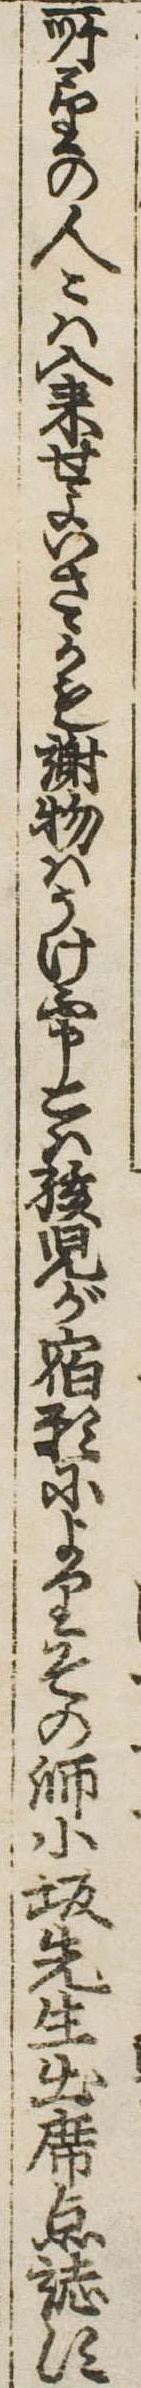
所望の人々は入来せよいさゝかも謝物はうけ不申こは孩児が宿願によりその師小坂先生出席点誌す